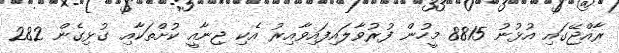
ރާއްޖޭގައި އުޅުނު 8815 މީހުން ފުރުވާލައިފައިވާއިރު އެކި ޖިނާއީ ކުށްތަކާއި ގުޅިގެން 282